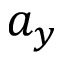
a _ { y }